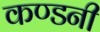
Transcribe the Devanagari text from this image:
कण्डनी